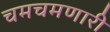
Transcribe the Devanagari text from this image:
चमचमणारी